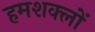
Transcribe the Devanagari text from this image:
हमशक्लों